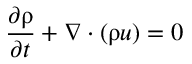
\frac { \partial \uprho } { \partial t } + \nabla \cdot ( \uprho \boldsymbol { u } ) = 0